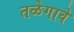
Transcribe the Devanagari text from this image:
तळेगावे